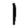
Digit: 1